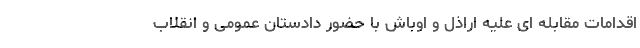
اقدامات مقابله ای علیه اراذل و اوباش با حضور دادستان عمومی و انقلاب